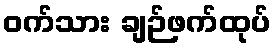
ဝက်သား ချဉ်ဖက်ထုပ်